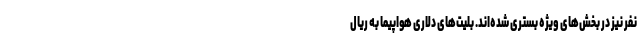
نفر نیز در بخش‌های ویژه بستری شده‌اند. بلیت‌های دلاری هواپیما به ریال